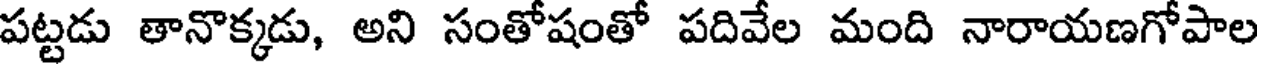
పట్టడు తానొక్కడు, అని సంతోషంతో పదివేల మంది నారాయణగోపాల